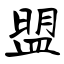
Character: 盟